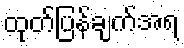
ထုတ်ပြန်ချက်အရ